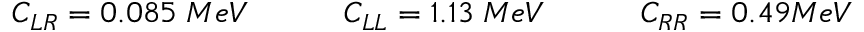
\begin{array} { r } { C _ { L R } = 0 . 0 8 5 \; M e V \qquad \quad C _ { L L } = 1 . 1 3 \; M e V \qquad \quad C _ { R R } = 0 . 4 9 M e V } \end{array}